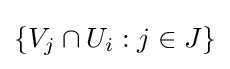
\{V_{j}\cap U_{i}:j\in J\}